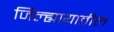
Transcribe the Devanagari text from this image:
जिल्ह्यायातील